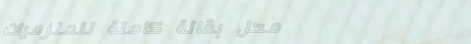
محل بقالة كاملة للملزميات